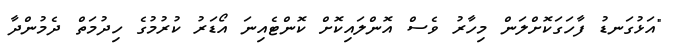
"އަޅުގަނޑު ފާހަގަކޮށްލަން މިހާރު ވެސް އޮންލައިކޮށް ކޮންޓެއިނަ އޯޑަރު ކުރުމުގެ ހިދުމަތް ދެމުންދާ